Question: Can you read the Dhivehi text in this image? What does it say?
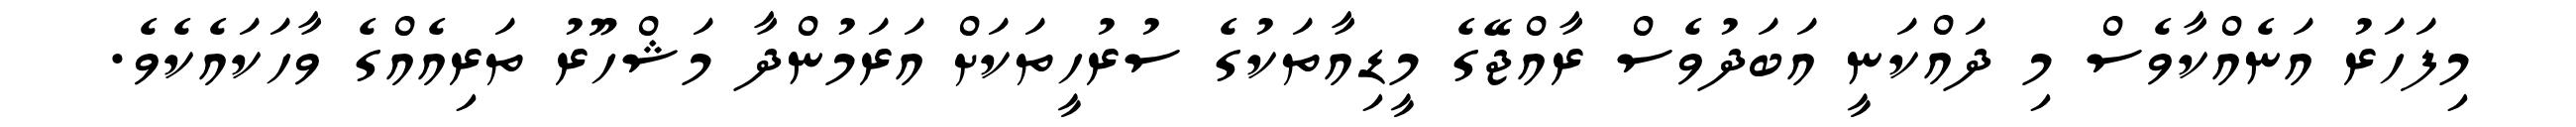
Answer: މިފަހަރު އަނެއްކާވެސް މި ދައްކަނީ އަބަދުވެސް ރާއްޖޭގެ މީޑިއާތަކުގެ ސުރުހީތަކަށް އަރަމުންދާ މަޝްހޫރު ތަރިއެއްގެ ވާހަކައެކެވެ.